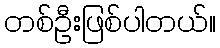
တစ်ဦးဖြစ်ပါတယ်။